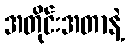
အတိုင်းအတာနဲ့